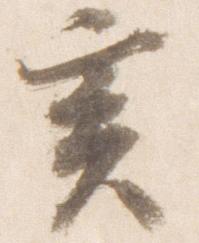
亥